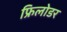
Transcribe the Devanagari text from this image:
फ्रिलोडर